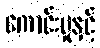
ကောင်းမှုနှင့်